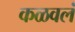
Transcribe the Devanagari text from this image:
कळवलं